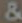
&